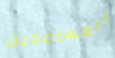
المساعدين